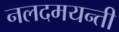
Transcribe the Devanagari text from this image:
नलदमयन्ती